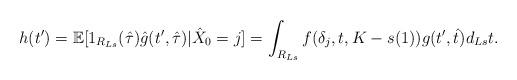
LaTeX: \begin{align*}h(t')= {\mathbb E}[ 1_{R_{Ls}}(\hat{\tau}) \hat{g}(t', \hat{\tau} )| \hat{X}_0 =j ]= \int_{R_{Ls}} f(\delta_j, t, K-s(1) ) g(t', \hat{t}) d_{Ls} t.\end{align*}